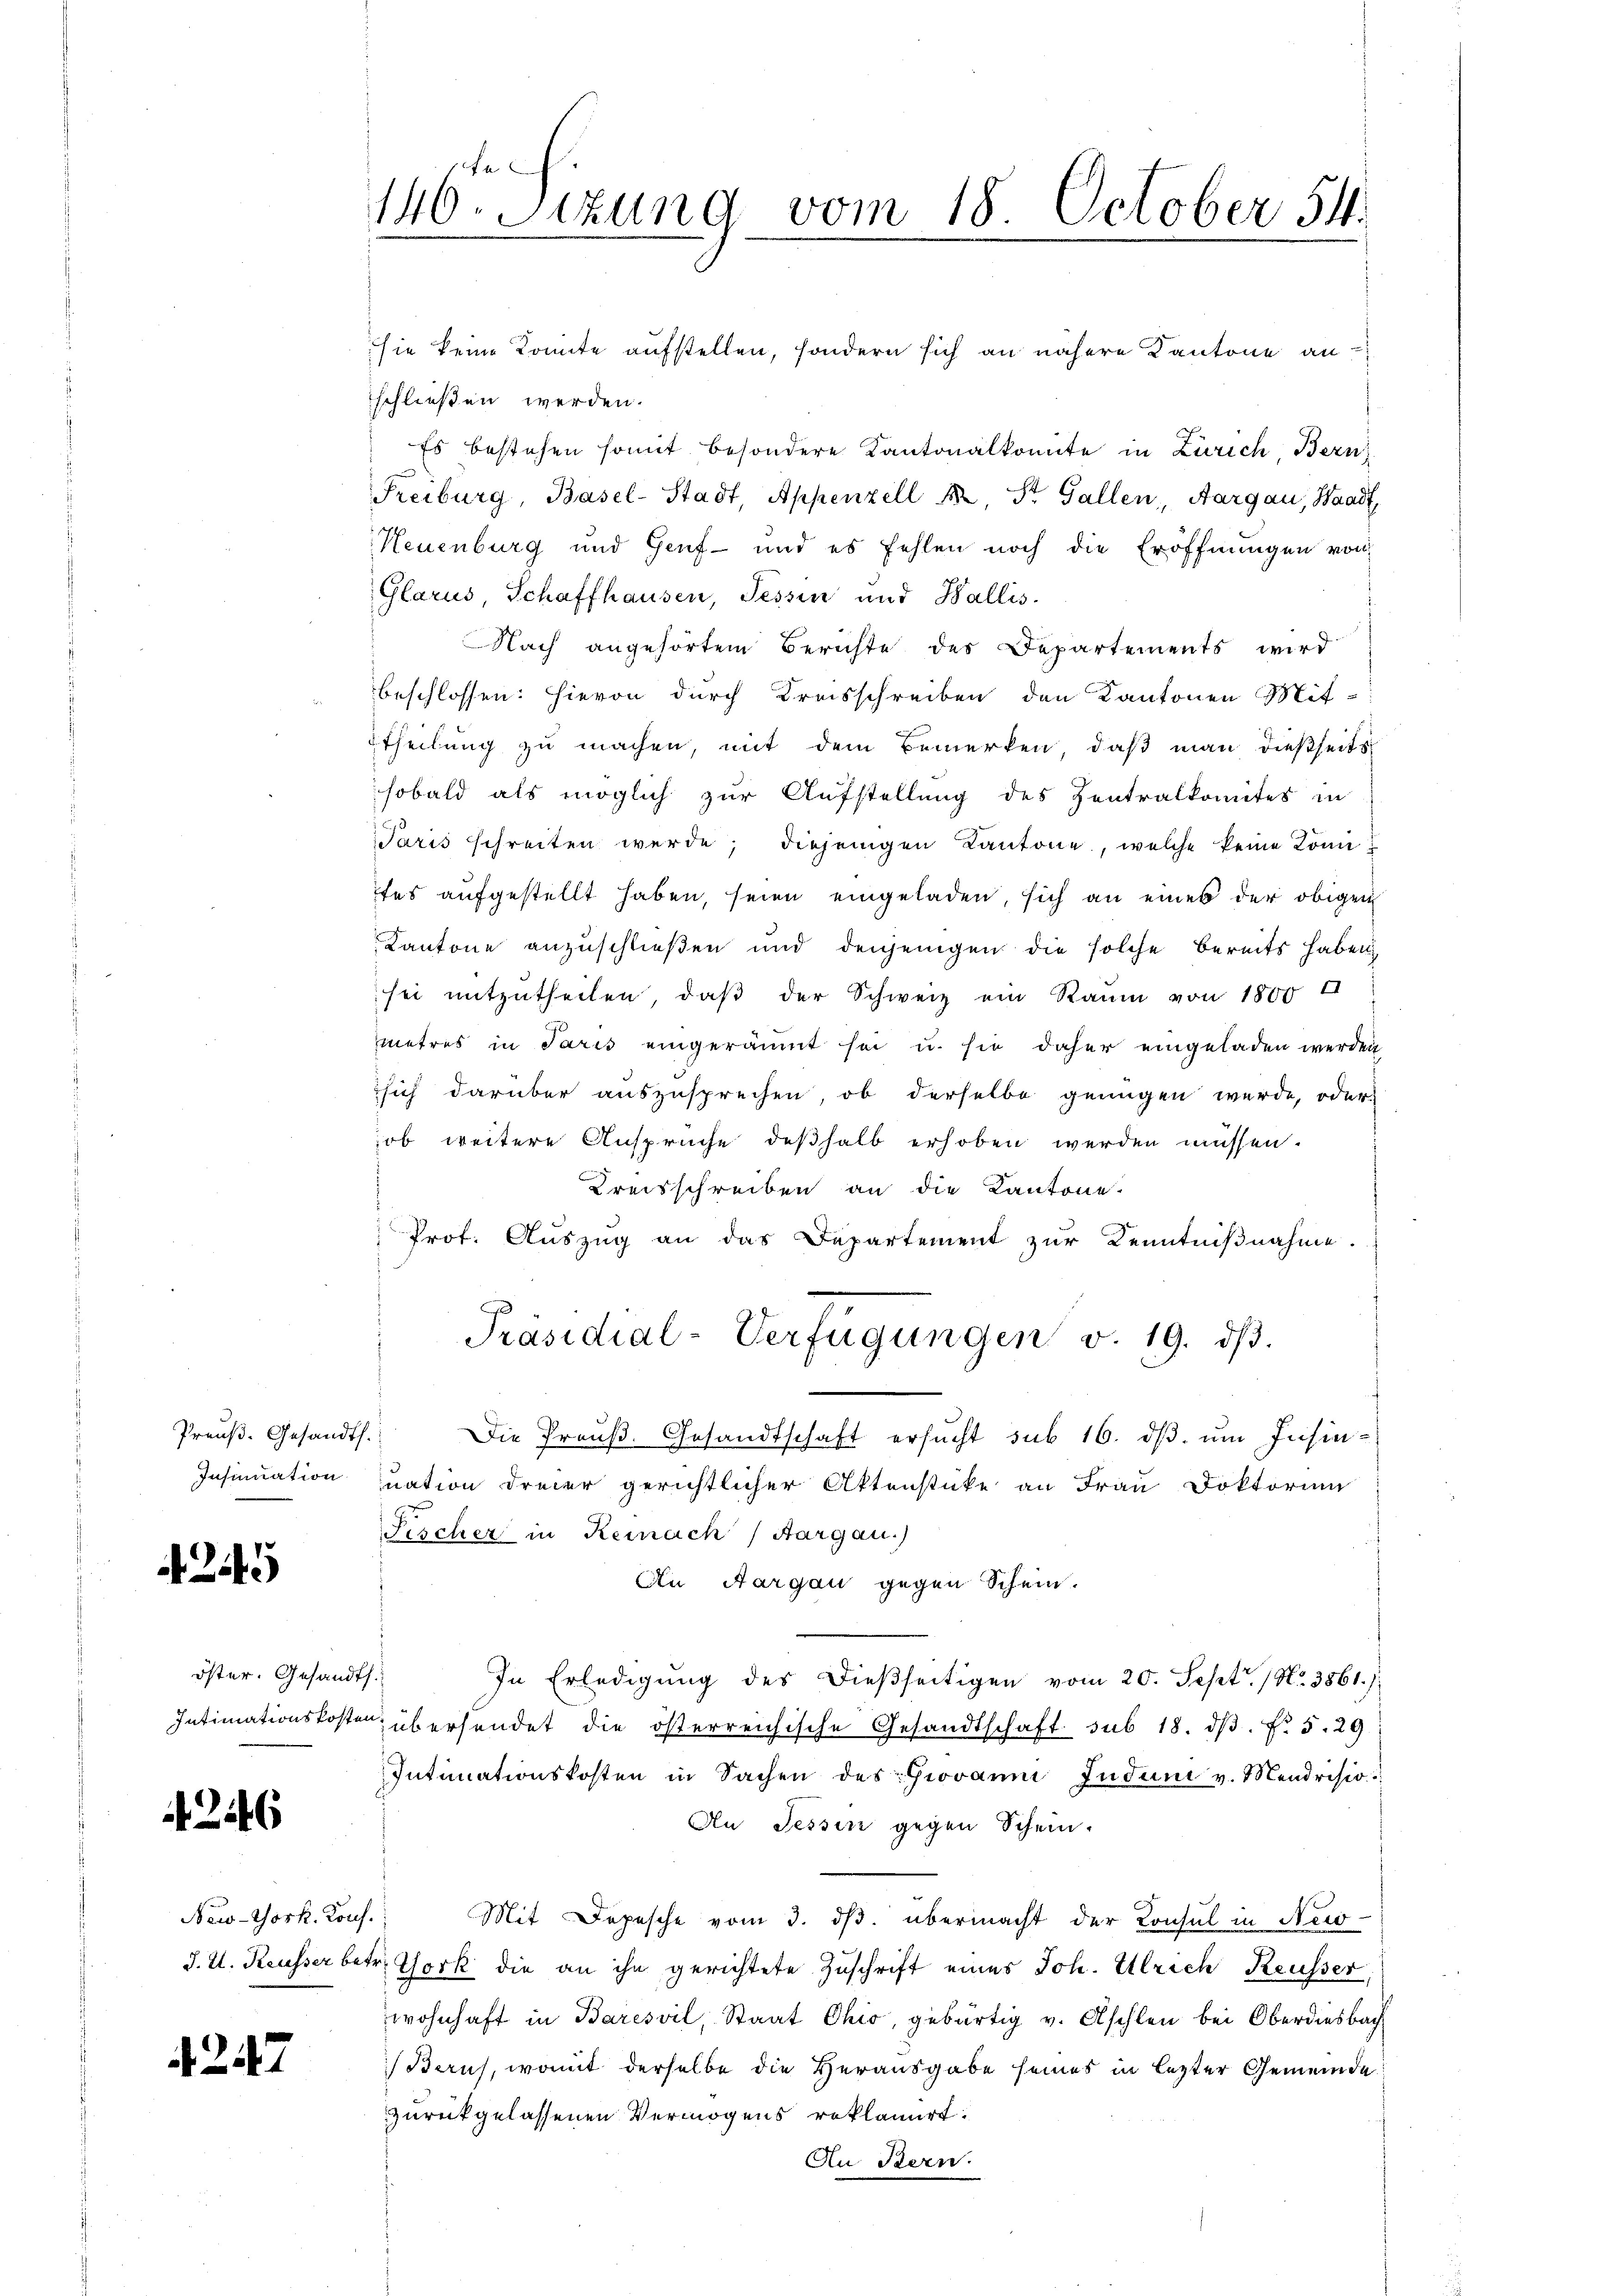
Preuß. Gesandts.

245

öster. Gesandts

246

New-York. Konf.

4247

146. Sizung vom 18. October 54.

sie keine Komite aufstellen, sondern sich an nähere Kantone an
schließen werden.
Es bestehen somit besondere Kantonalkomite in Zürich, Bern
Freiburg, Basel-Stadt, Appenzell A. St. Gallen, Aargau, Waadt,
Neuenburg und Genf und es fehlen noch die Eröffnungen von
Glarus, Schaffhausen, Tessin und Wallis.
Nach angehörten Berichte des Departements wird
beschlossen: Hievon durch Kreisschreiben den Kantonen Mit-
Etheilung zu machen, mit dem Bemerken, daß man dießseits
sobald als möglich zur Aufstellung des Zentralkomites in
Paris schreiten werde, diejenigen Kantone, welche keine Köni
tes aufgestellt haben, seien eingeladen, sich an eines der obigen
Kantone anzuschließen und denjenigen die solche bereits haben,
sei mitzutheilen, daß der Schweiz ein Raum von 1800 I
metres in Paris eingeräumt sei u. sie daher eingeladen werden
sich darüber auszusprechen, ob derselbe genügen werde, oder
ob weitere Ansprüche deshalb erhoben werden müssen.
Kreisschreiben an die Kantone.
 Prof. Auszug an das Departement zur Kenntnißnahme.
Präsidial-Verfügungen v. 19. dβ.
Die Preuß. Gesandtschaft ersucht sub 16. dβ. um Insin¬
Insinuation zuation dreier gerichtlicher Aktenstücke an Frau Doktorium
Fischer in Reinach Aargau.
An Aargau gegen Schein.
In Erledigung des dießseitigen vom 20. Sept. 1 No 3861. J
Intimationskosten übersendet die österreichische Gesandtschaft sub 18. dβ. N. 5. 29
Intimationskosten in Sachen des hieraŭm Indum v. Mendrisio
An Tessin gegen Schein.
Mit Depesche vom 3. dβ. übermacht der Konsul in New-
J. U. Reusser betr. Thork die an ihn gerichtete Zuschrift eines Joh. Ulrich Reusser,
wohnhaft in Baresvil, Staat Chio, gebürtig v. Aschlen bei Oberdiesbach
Barus, womit derselbe die Herausgabe seines in lezter Gemeinde
zurückgelassenen Vermögens reklamirt:
An Bern.